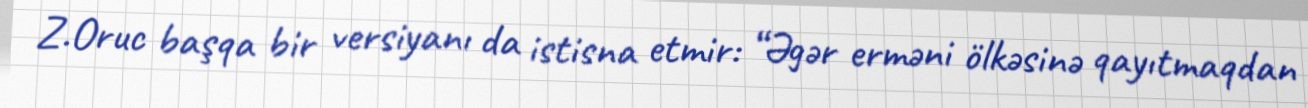
Z.Oruc başqa bir versiyanı da istisna etmir: “Əgər erməni ölkəsinə qayıtmaqdan